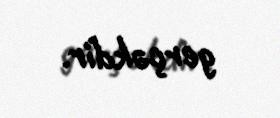
gerçəkdir.